Annual administration and progress report of the Indian Medical Department, Bombay
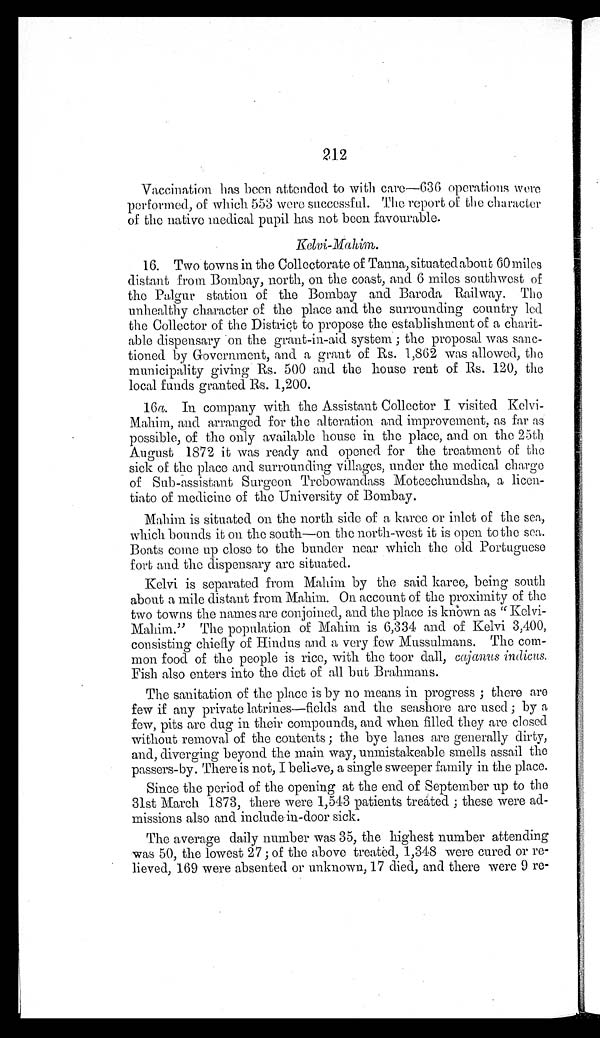
212
Vaccination has been attended to with care—636 operations were
performed, of which 553 were successful. The report of the character
of the native medical pupil has not been favourable.
Kelvi-Mahim.
16. Two towns in the Collectorate of Tanna, situated about 60 miles
distant from Bombay, north, on the coast, and 6 miles southwest of
the Palgur station of the Bombay and Baroda Railway. The
unhealthy character of the place and the surrounding country led
the Collector of the District to propose the establishment of a charit
-able dispensary on the grant-in-aid system; the proposal was sanc
-tioned by Government, and a grant of Rs. 1,862 was allowed, the
municipality giving Rs. 500 and the house rent of Rs. 120, the
local funds granted Rs. 1,200.
16a . In company with the Assistant Collector I visited Kelvi
-Mahim, and arranged for the alteration and improvement, as far as
possible, of the only available house in the place, and on the 25th
August 1872 it was ready and opened for the treatment of the
sick of the place and surrounding villages, under the medical charge
of Sub-assistant Surgeon Trebowandass Moteechundsha, a licen
-tiato of medicine of the University of Bombay.
Mahim is situated on the north side of a karee or inlet of the sea,
which bounds it on the south—on the north-west it is open to the sea,
Boats come up close to the bunder near which the old Portuguese
fort and the dispensary are situated.
Kelvi is separated from Mahim by the said karee, being south
about a mile distant from Mahim. On account of the proximity of the
two towns the names are conjoined, and the place is known as "Kelvi
-Mahim." The population of Mahim is 6,334 and of Kelvi 3,400,
consisting chiefly of Hindus and a very few Mussulmans. The com
-mon food of the people is rice, with the toor dall, c ajanus indicus.
Fish also enters into the diet of all but Brahmans.
The sanitation of the place is by no means in progress; there are
few if any private latrines—fields and the seashore are used; by a
few, pits are dug in their compounds, and when filled they are closed
without removal of the contents; the bye lanes are generally dirty,
and, diverging beyond the main way, unmistakeable smells assail the
passers-by. There is not, I believe, a single sweeper family in the place.
Since the period of the opening at the end of September up to the
31st March 1873, there were 1,543 patients treated; these were ad-
missions also and include in-door sick.
The average daily number was 35, the highest number attending
was 50, the lowest 27; of the above treated, 1,348 were cured or re
-lieved, 169 were absented or unknown, 17 died, and there were 9 re-